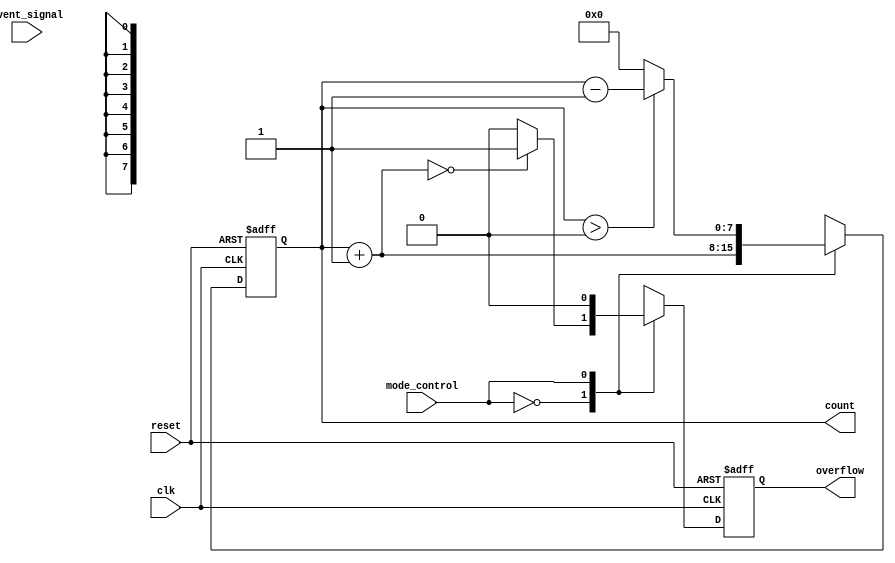
module event_counter #(
    parameter WIDTH = 8 // Parameter for counter width (default 8 bits)
) (
    input wire clk,                // Clock signal
    input wire reset,              // Reset signal
    input wire event_signal,       // Event signal to trigger counting
    input wire mode_control,       // Mode control signal (0 = up, 1 = down)
    output reg [WIDTH-1:0] count,  // Current count value
    output reg overflow            // Overflow signal
);

    // Internal signal for next count value
    reg [WIDTH-1:0] next_count;

    always @(posedge clk or posedge reset) begin
        if (reset) begin
            count <= 0;             // Reset count to zero
            overflow <= 0;          // Clear overflow signal
        end else begin
            case (mode_control)
                1'b0: begin // Up counter
                    next_count = count + 1;
                    if (next_count == 0) // Check for overflow
                        overflow <= 1;
                    else
                        overflow <= 0;
                end
                1'b1: begin // Down counter
                    if (count > 0) begin
                        next_count = count - 1;
                        overflow <= 0; // No overflow in down counting
                    end else begin
                        next_count = 0; // Prevent underflow
                        overflow <= 0; // No overflow in down counting
                    end
                end
            endcase
            count <= next_count; // Update count
        end
    end

endmodule